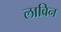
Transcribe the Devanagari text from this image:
लाविन